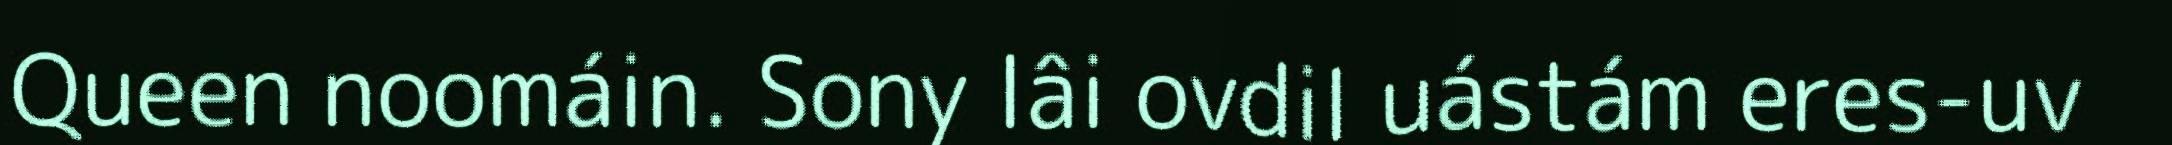
Queen noomáin. Sony lâi ovdil uástám eres-uv